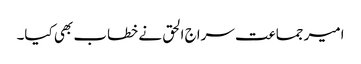
امیر جماعت سراج الحق نے خطاب بھی کیا۔